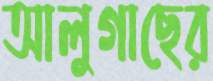
আলুগাছের